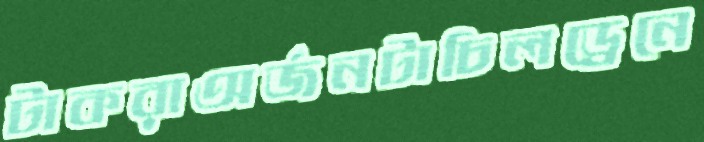
টাকরাঅর্জনটাচিলড্রেনে